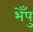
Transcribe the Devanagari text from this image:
भेँपु